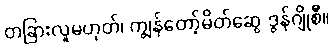
တခြားလူမဟုတ်၊ ကျွန်တော့်မိတ်ဆွေ ဒွန်ဂျိုစီ။